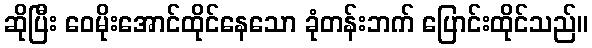
ဆိုပြီး ဝေမိုးအောင်ထိုင်နေသော ခုံတန်းဘက် ပြောင်းထိုင်သည်။